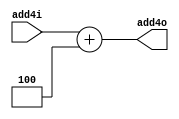
module add4 (
    add4i, add4o
);
input [31:0] add4i;
output [31:0] add4o;

assign add4o = add4i +4;

endmodule